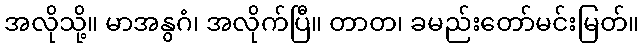
အလိုသို့။ မာအနွဂံ၊ အလိုက်ပြီ။ တာတ၊ ခမည်းတော်မင်းမြတ်။